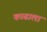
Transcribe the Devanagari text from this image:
काढाला